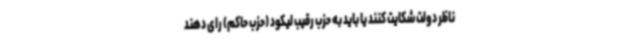
ناظر دولت شکایت کنند یا باید به حزب رقیب لیکود (حزب حاکم) رای دهند